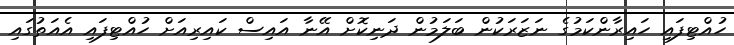
ހުއްޓިފައި ހައިރާންކަމުގެ ނަޒަރަކުން ބަލަމުން ދަނިކޮށް އޭނާ އައިސް ކައިރިއަށް ހުއްޓިފައި އެއަތުގައި